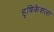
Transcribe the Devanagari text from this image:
हृषिकेशला